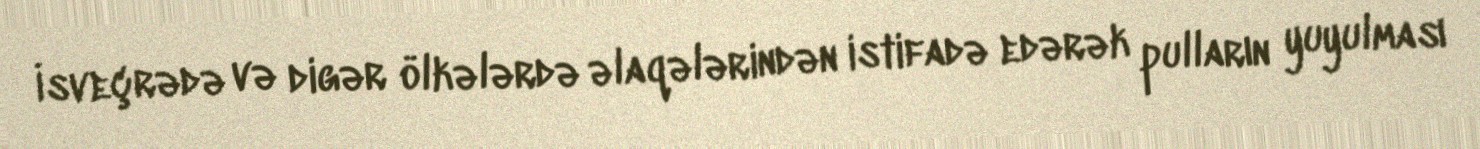
İsveçrədə və digər ölkələrdə əlaqələrindən istifadə edərək pulların yuyulması